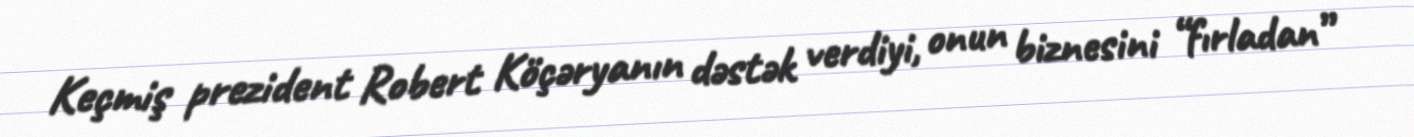
Keçmiş prezident Robert Köçəryanın dəstək verdiyi, onun biznesini “fırladan”